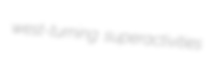
west-turning superactivities